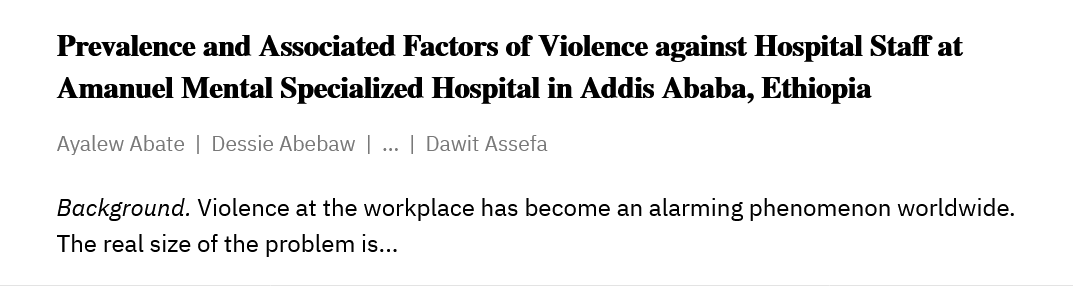
Prevalence and Associated Factors of Violence against Hospital Staff at
     Amanuel Mental   Specialized Hospital in Addis Ababa, Ethiopia
     Ayalew Abate | Dessie Abebaw |
     ...
     | Dawit Assefa
     Background. Violence at the workplace has become an alarming phenomenon worldwide.
     The real size of the problem is...